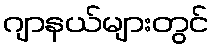
ဂျာနယ်များတွင်